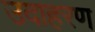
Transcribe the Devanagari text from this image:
उदाहरण